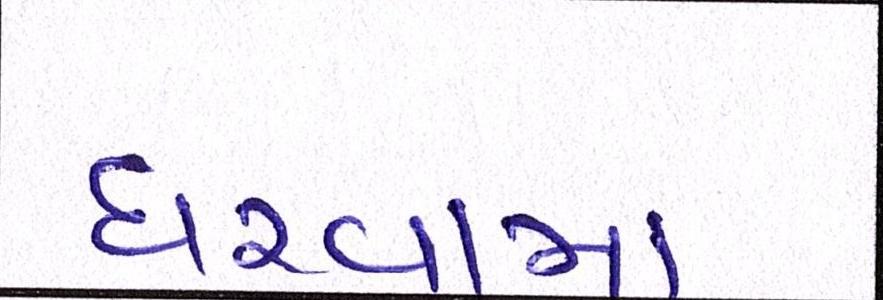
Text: ધરવામાં